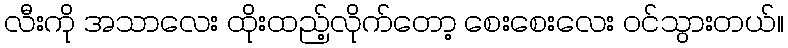
လီးကို အသာလေး ထိုးထည့်လိုက်တော့ စေးစေးလေး ဝင်သွားတယ်။